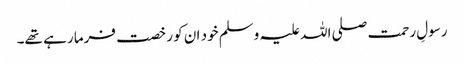
رسولِ رحمت صلی اللہ علیہ وسلم خود ان کو رخصت فرما رہے تھے۔